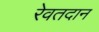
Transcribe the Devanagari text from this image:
रेवतदान